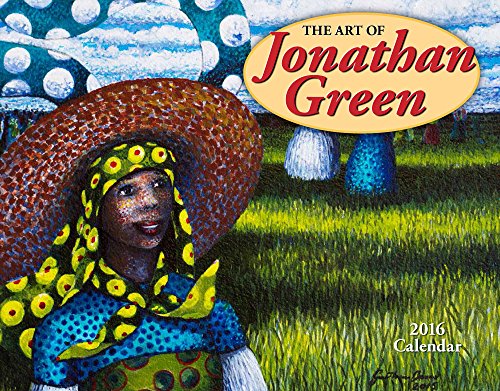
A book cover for Art of Jonathan Green 2016 Calendar 11x14; Jonathan Green; Calendars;